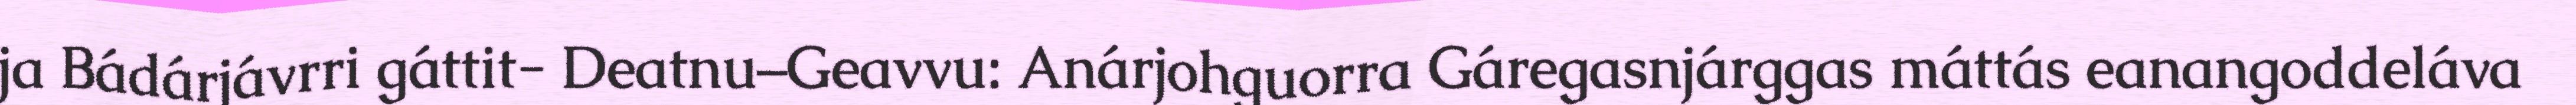
ja Bádárjávrri gáttit- Deatnu–Geavvu: Anárjohguorra Gáregasnjárggas máttás eanangoddeláva